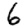
Digit: 6